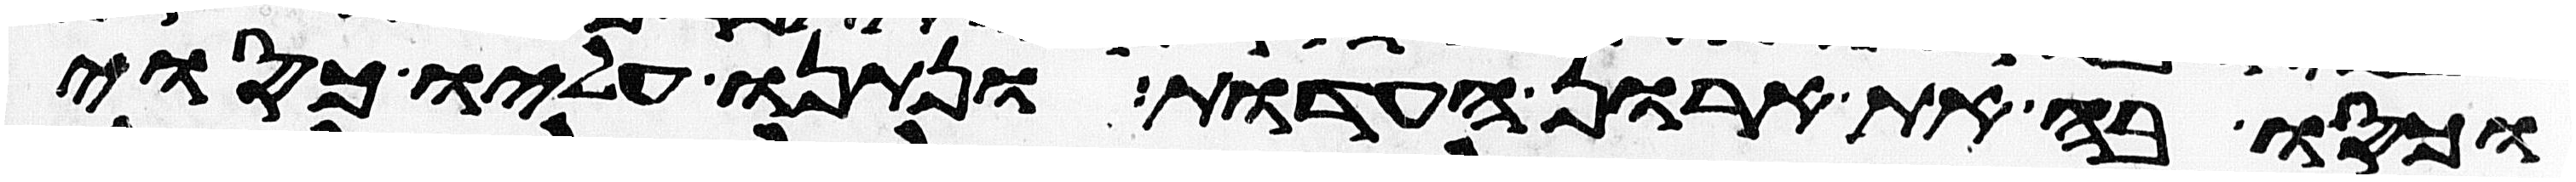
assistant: וכסו בה את ארון העדות ונתנו עליו כסוי